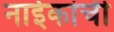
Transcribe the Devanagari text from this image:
नाईकांची